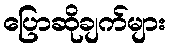
ပြောဆိုချက်များ